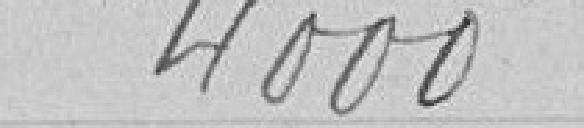
4000